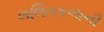
લલિતકળાની